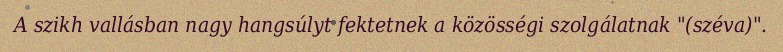
A szikh vallásban nagy hangsúlyt fektetnek a közösségi szolgálatnak "(széva)".